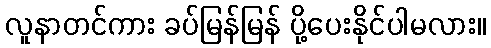
လူနာတင်ကား ခပ်မြန်မြန် ပို့ပေးနိုင်ပါမလား။